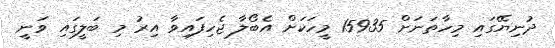
ދުނިޔޭގައި މިހާތަނަށް 15935 މީހަކަށް އެބޯލާ ޖެހިފައިވާ އިރު މި ބަލީގައި ވަނީ